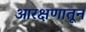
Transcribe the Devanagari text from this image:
आरक्षणातून